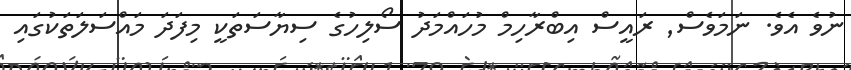
ނުވެ އެވެ. ނަމަވެސް